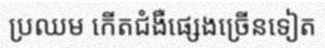
ប្រឈម កើតជំងឺផ្សេងច្រើនទៀត